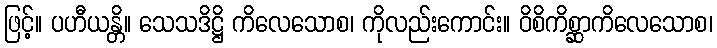
ဖြင့်။ ပဟီယန္တိ။ သေသဒိဋ္ဌိ ကိလေသောစ၊ ကိုလည်းကောင်း။ ဝိစိကိစ္ဆာကိလေသောစ၊